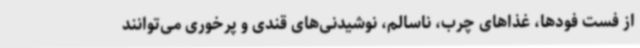
از فست ‌فودها، غذاهای چرب، ناسالم، نوشیدنی‌های قندی و پرخوری می‌توانند